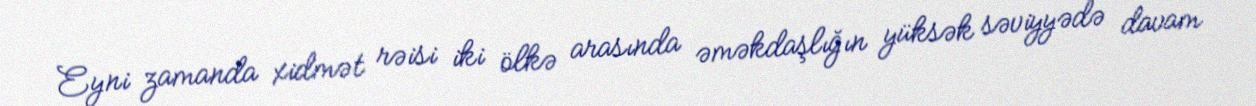
Eyni zamanda xidmət rəisi iki ölkə arasında əməkdaşlığın yüksək səviyyədə davam